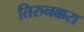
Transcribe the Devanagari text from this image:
तिरुनक्करा